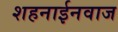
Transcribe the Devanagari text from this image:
शहनाईनवाज